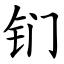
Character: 钔